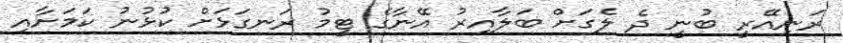
ރަނިއޭރީ ބުނީ ދެ ލެގަށް ބަލާއިރު އޭނާގެ ޓީމު ރަނގަޅަށް ކުޅުނު ކަމަށާއި